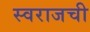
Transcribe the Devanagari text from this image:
स्वराजची